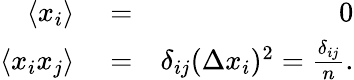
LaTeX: \begin{array}{rlr}{\langle x_{i}\rangle}&{{}=}&{0}\\ {\langle x_{i}x_{j}\rangle}&{{}=}&{\delta_{ij}(\Delta x_{i})^{2}=\frac{\delta_{ij}}{n}.}\end{array}